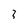
Character: 3